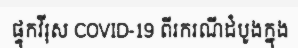
ផ្ទុកវីរុស COVID-19 ពីរករណីដំបូងក្នុង